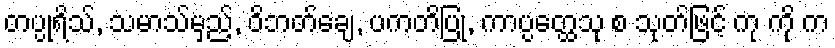
တပ္ပုရိသ်, သမာသ်မှည့်, ဝိဘတ်ချေ, ပကတိပြု, ကာပ္ပတ္ထေသု စ သုတ်ဖြင့် ကု ကို က